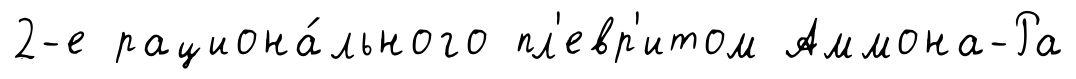
2-е рациона́льного пл'евр'итом Аммона-Ра